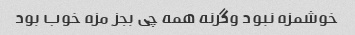
خوشمزه نبود وگرنه همه چی بجز مزه خوب بود